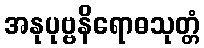
အနုပုဗ္ဗနိရောဓသုတ္တံ